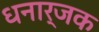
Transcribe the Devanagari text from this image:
धनार्जक